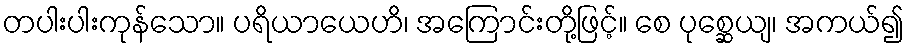
တပါးပါးကုန်သော။ ပရိယာယေဟိ၊ အကြောင်းတို့ဖြင့်။ စေ ပုစ္ဆေယျ၊ အကယ်၍